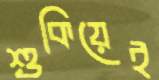
শুকিয়েই